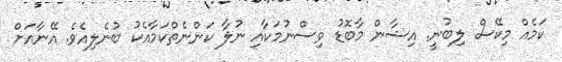
ކަމެއް މިކޭސް ލިބުނީ. އިޝާން މާބޮޑު ވިސްނުމަކާއި ނުލާ ކަންނެތްކަމާއެކު ބުނެލިއެވެ. އޭނާއަށް